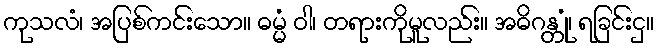
ကုသလံ၊ အပြစ်ကင်းသော။ ဓမ္မံ ဝါ၊ တရားကိုမူလည်း။ အဓိဂန္တုံ၊ ရခြင်းငှ။